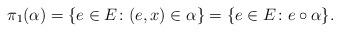
LaTeX: \begin{align*}\pi_1(\alpha)=\{e\in E\colon (e,x)\in \alpha\}=\{e\in E\colon e\circ \alpha \}.\end{align*}